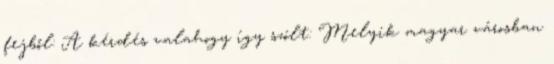
fejből: A kérdés valahogy így szólt: Melyik magyar városban